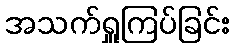
အသက်ရှူကြပ်ခြင်း